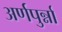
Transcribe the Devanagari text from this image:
अर्णपुर्न्ना